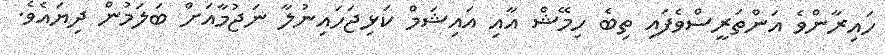
ހައިރާންވެ އަންތަރީސްވެފައި ތިބެ ހިމޭޝް އާއި އައިޝަމް ކަޅިޖަހައިނުލާ ނަޖުމާއަށް ބަލަމުން ދިޔައެވެ.